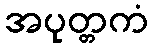
အပုတ္တကံ